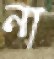
না